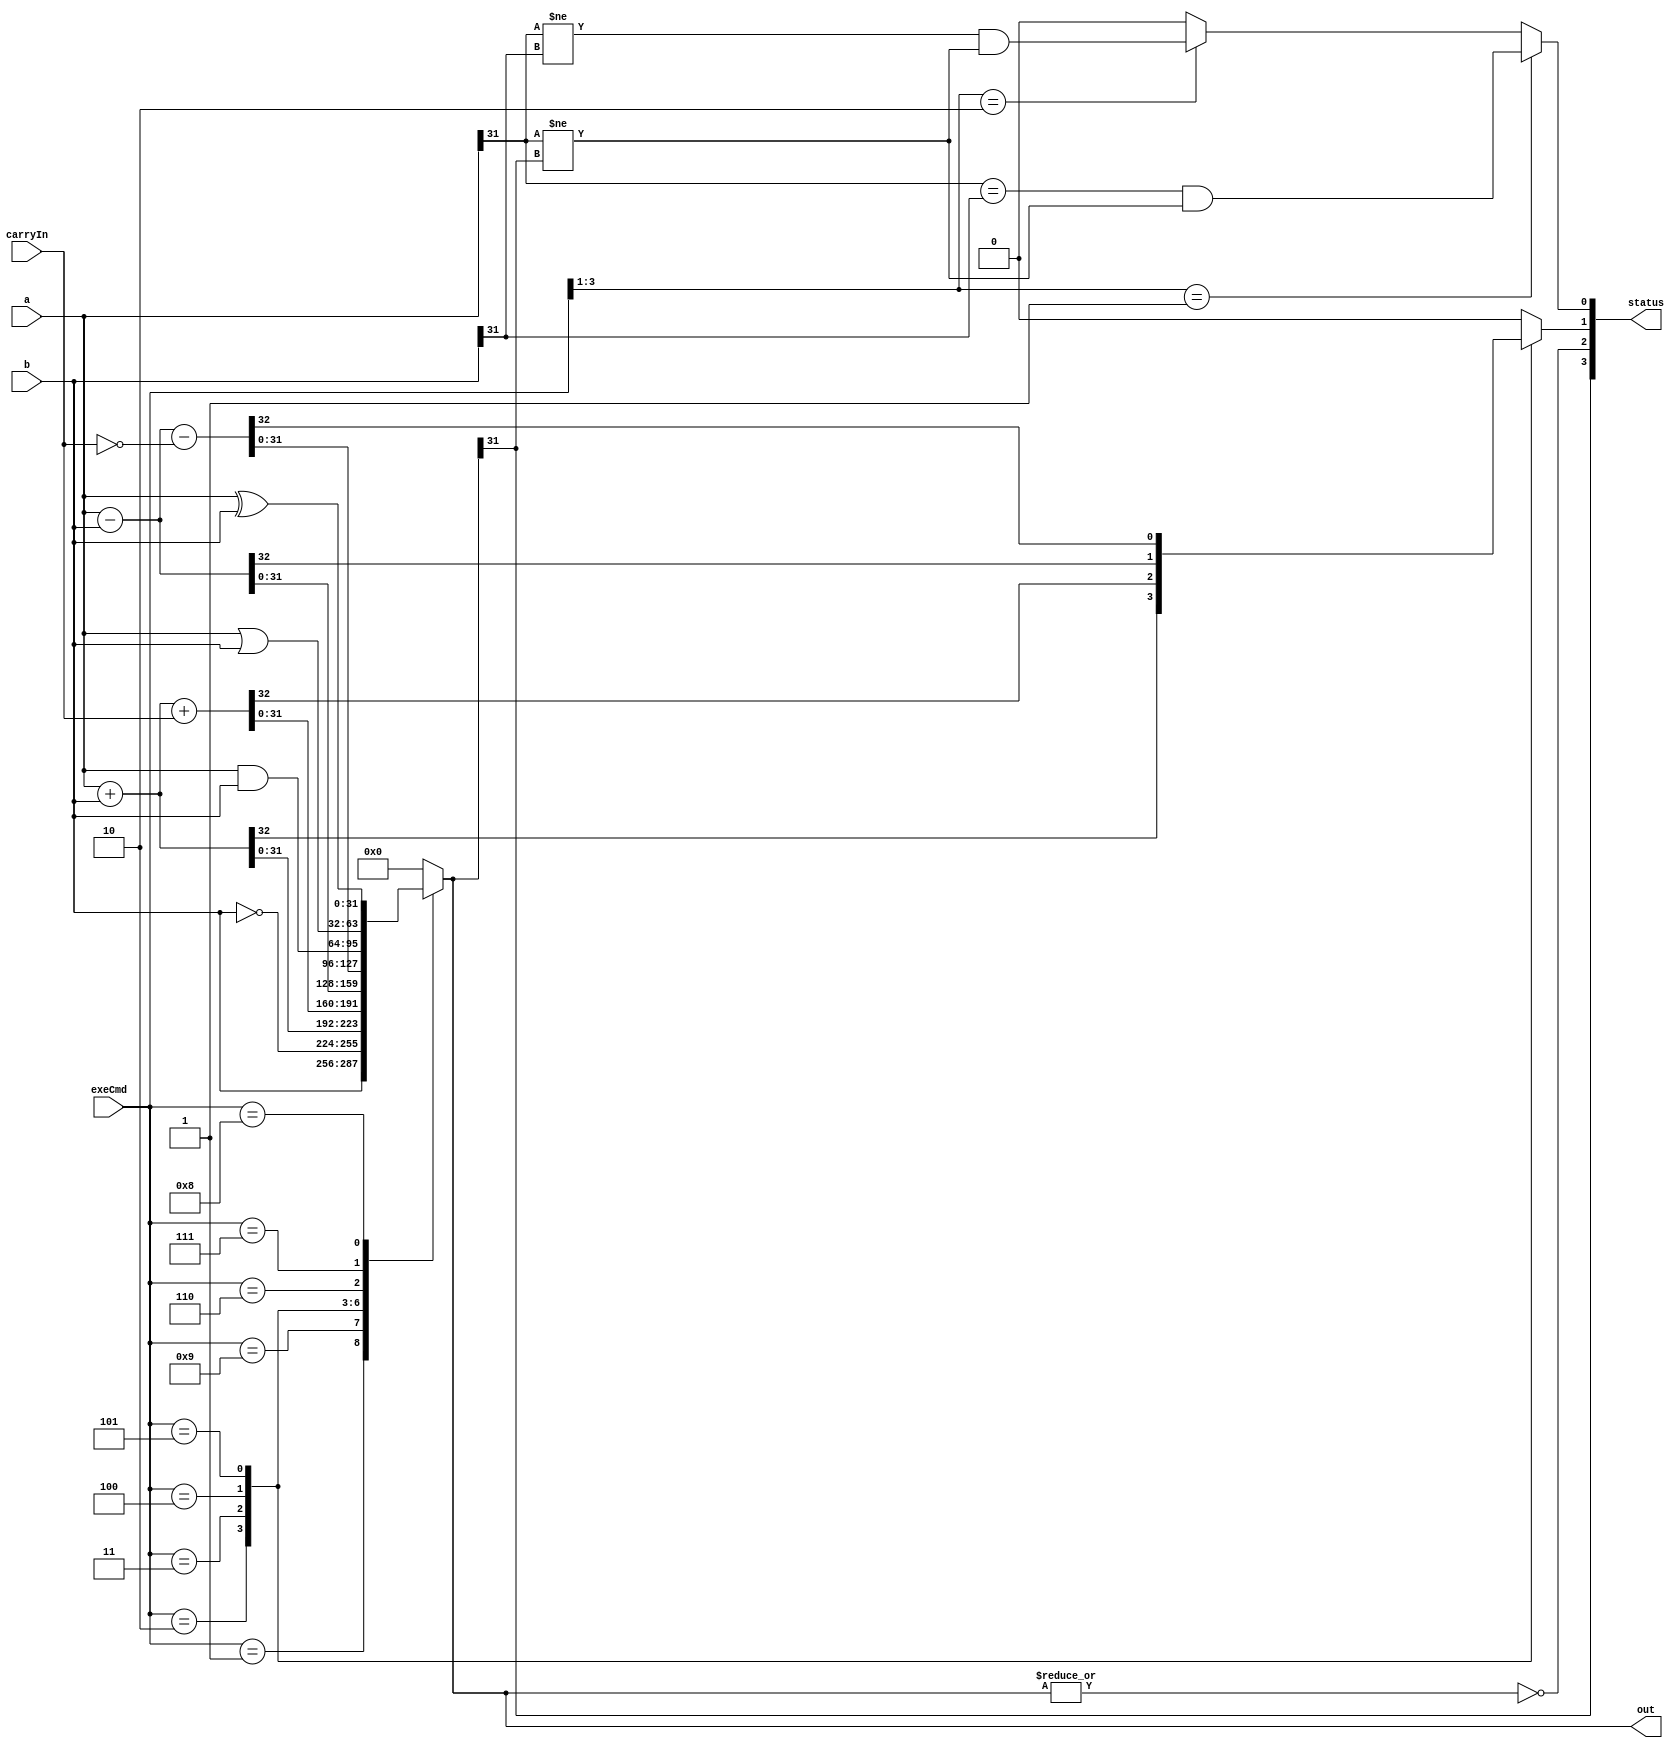
// This program was cloned from: https://github.com/matahho/Computer-Architecture-Lab
// License: MIT License

module ALU #(
    parameter N = 32
)(
    input [N-1:0] a, b,
    input carryIn,
    input [3:0] exeCmd,
    output reg [N-1:0] out,
    output [3:0] status
);
    reg c, v;
    wire z, n;
    assign status = {n, z, c, v};
    assign z = ~|out;
    assign n = out[N-1];

    wire [N-1:0] carryExt, nCarryExt;
    assign carryExt = {{(N-1){1'b0}}, carryIn};
    assign nCarryExt = {{(N-1){1'b0}}, ~carryIn};

    always @(exeCmd or a or b or carryExt or nCarryExt) begin
        out = {N{1'b0}};
        c = 1'b0;

        case (exeCmd)
            4'b0001: out = b;                      // MOV
            4'b1001: out = ~b;                     // MVN
            4'b0010: {c, out} = a + b;             // ADD
            4'b0011: {c, out} = a + b + carryExt;  // ADC
            4'b0100: {c, out} = a - b;             // SUB
            4'b0101: {c, out} = a - b - nCarryExt; // SBC
            4'b0110: out = a & b;                  // AND
            4'b0111: out = a | b;                  // ORR
            4'b1000: out = a ^ b;                  // EOR
            default: out = {N{1'b0}};
        endcase

        v = 1'b0;
        if (exeCmd[3:1] == 3'b001) begin      // ADD, ADC
            v = (a[N-1] == b[N-1]) && (a[N-1] != out[N-1]);
        end
        else if (exeCmd[3:1] == 3'b010) begin // SUB, SBC
            v = (a[N-1] != b[N-1]) && (a[N-1] != out[N-1]);
        end
    end
endmodule